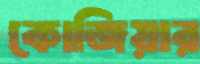
কোজিয়ার